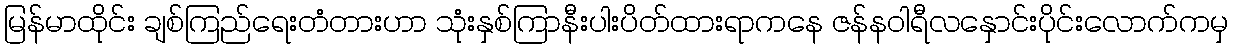
မြန်မာထိုင်း ချစ်ကြည်ရေးတံတားဟာ သုံးနှစ်ကြာနီးပါးပိတ်ထားရာကနေ ဇန်နဝါရီလနှောင်းပိုင်းလောက်ကမှ